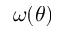
\omega ( \theta )